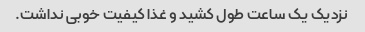
نزدیک یک ساعت طول کشید و غذا کیفیت خوبی نداشت.